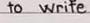
to write